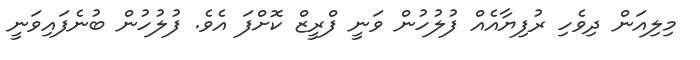
މިލިއަން ދިވެހި ރުފިޔާއެއް ފުލުހުން ވަނީ ފްރީޒް ކޮށްފަ އެވެ. ފުލުހުން ބުނެފައިވަނީ